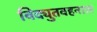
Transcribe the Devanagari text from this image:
विद्युतवहनास